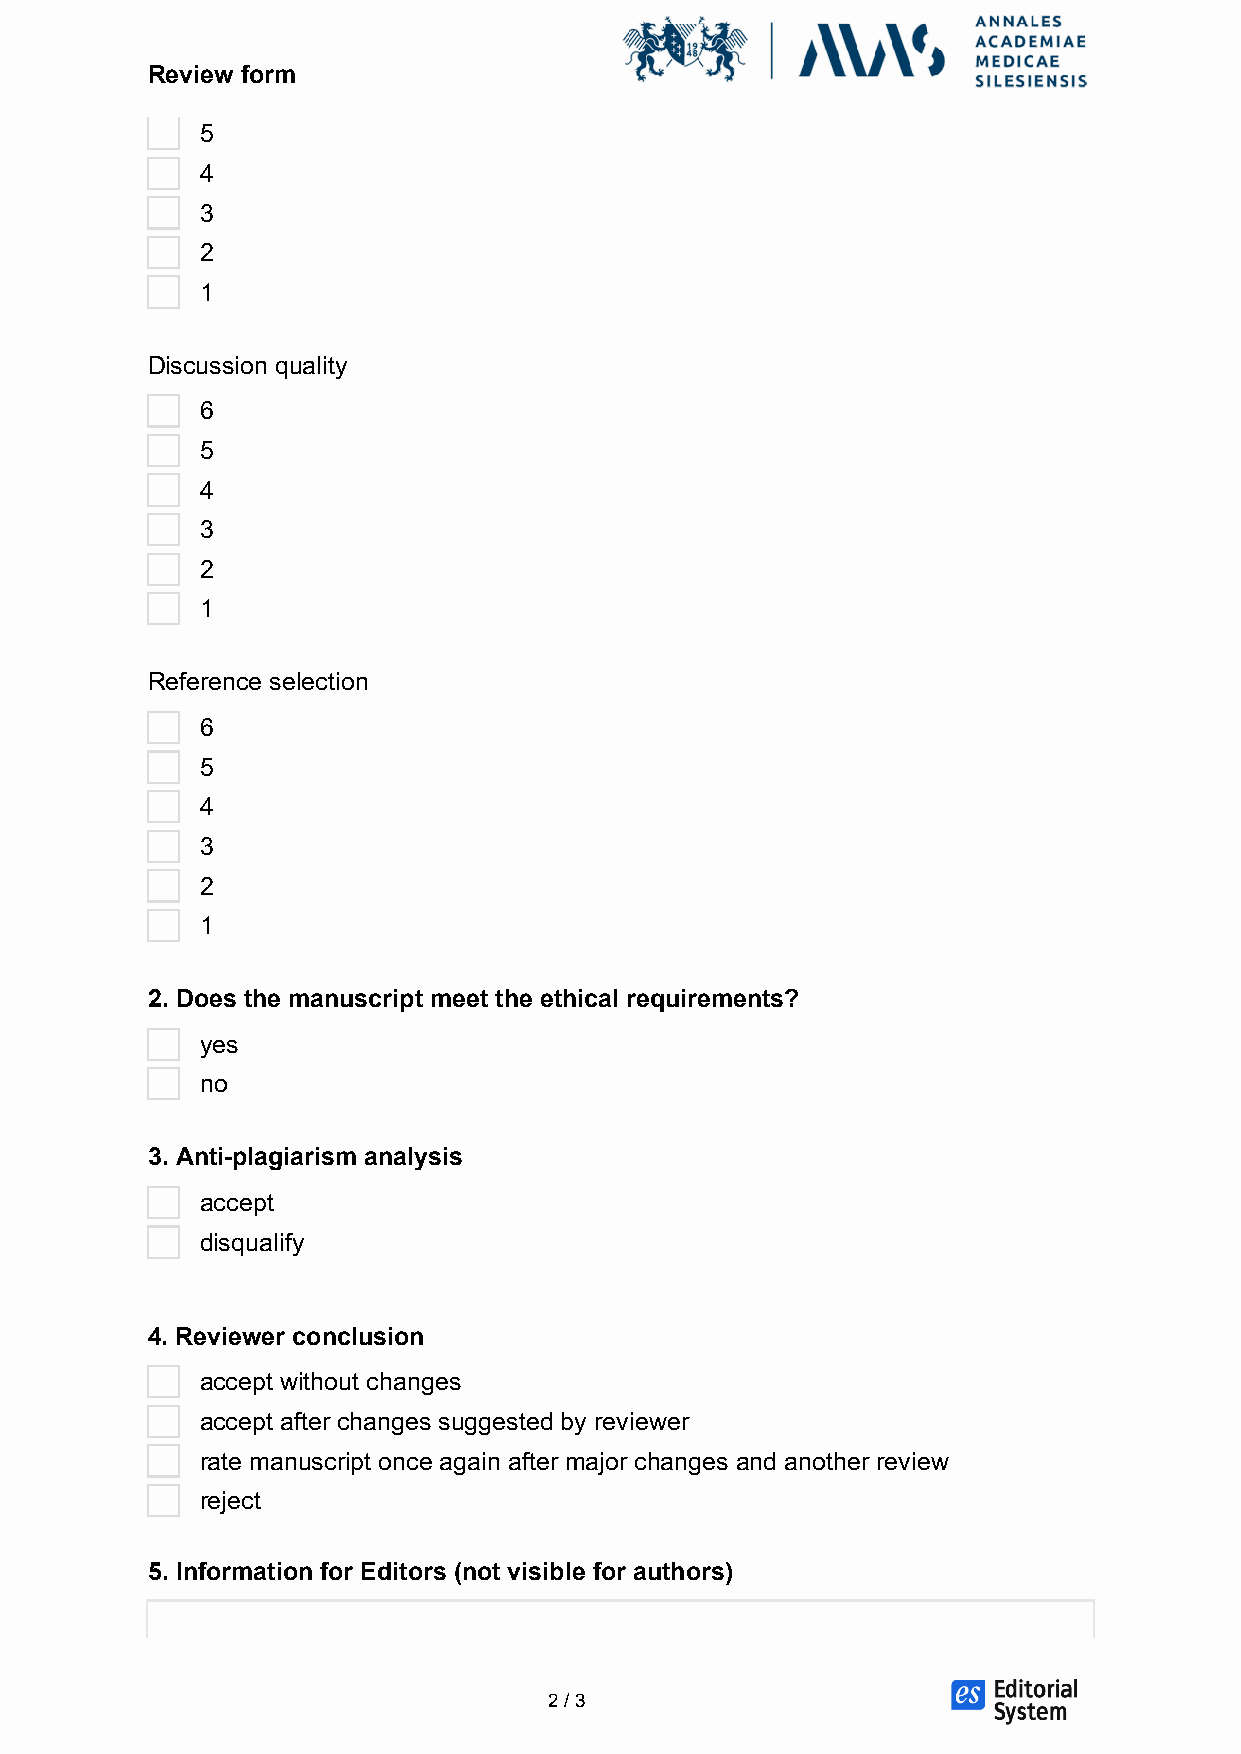
Review form
 5
 4
 3
 2
 1
 Discussion quality
 6
 5
 4
 3
 2
 1
 Reference selection
 6
 5
 4
 3
 2
 1
 2. Does the manuscript meet the ethical requirements?
 yes
 no
 3. Anti-plagiarism analysis
 accept
 disqualify
 4. Reviewer conclusion
 accept without changes
 accept after changes suggested by reviewer
 rate manuscript once again after major changes and another review
 reject
 5. Information for Editors (not visible for authors)
 2 / 3